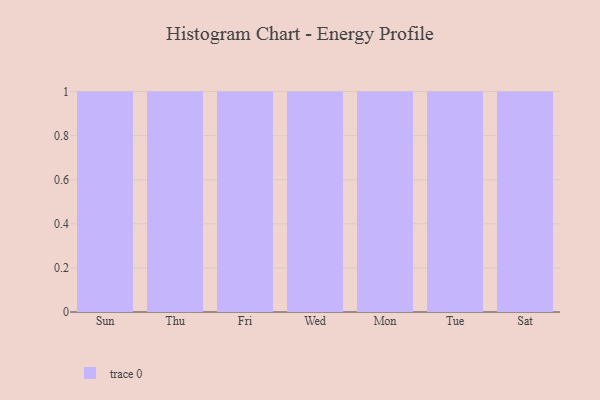
{"axis": {"x": "Day", "y": "Operating Costs (USD K)"}, "legend": [""], "data": [{"x": "Sun", "y": 5, "type": ""}, {"x": "Thu", "y": 58, "type": ""}, {"x": "Fri", "y": 50, "type": ""}, {"x": "Wed", "y": 9, "type": ""}, {"x": "Mon", "y": 67, "type": ""}, {"x": "Tue", "y": 55, "type": ""}, {"x": "Sat", "y": 48, "type": ""}]}